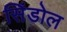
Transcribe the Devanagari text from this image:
सिंडोल